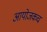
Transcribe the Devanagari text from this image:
आयोजकच